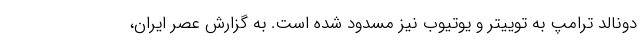
دونالد ترامپ به توییتر و یوتیوب نیز مسدود شده است. به گزارش عصر ایران،